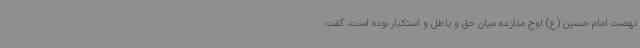
نهضت امام حسین (ع) اوج منازعه میان حق و باطل و استکبار بوده است، گفت: